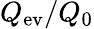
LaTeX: Q_{\mathrm{ev}}/Q_{0}